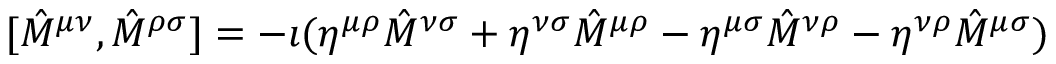
[ { \hat { M } } ^ { \mu \nu } , { \hat { M } } ^ { \rho \sigma } ] = - \imath ( { \eta } ^ { \mu \rho } { \hat { M } } ^ { \nu \sigma } + { \eta } ^ { \nu \sigma } { \hat { M } } ^ { \mu \rho } - { \eta } ^ { \mu \sigma } { \hat { M } } ^ { \nu \rho } - { \eta } ^ { \nu \rho } { \hat { M } } ^ { \mu \sigma } )